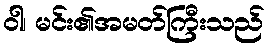
ဝါ၊ မင်း၏အမတ်ကြီးသည်